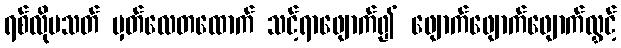
ရစ်လိုပသတ် မှတ်လေတထောက် သင့်ရာဖျောက်၍ ဖျောက်ဖျောက်ဖျောက်လွှင့်